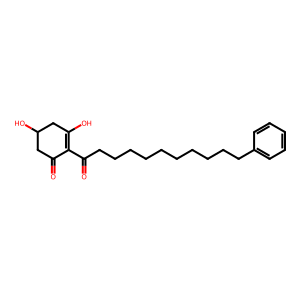
SMILES: O=C(CCCCCCCCCCc1ccccc1)C1=C(O)CC(O)CC1=O
Inhibits HIV replication: No